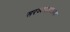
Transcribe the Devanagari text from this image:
सरव्यवस्थापक